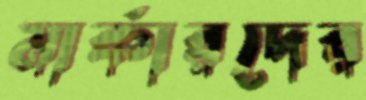
মার্কারদের